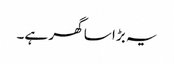
یہ بڑا سا گھر ہے۔